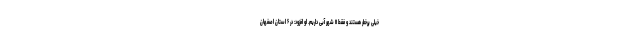
خیلی پرخطر هستند و فقط ۱۱ شهر آبی داریم. او افزود: در ۶ استان اصفهان